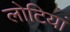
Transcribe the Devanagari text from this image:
लोटियां